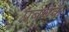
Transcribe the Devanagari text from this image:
प्रबधक